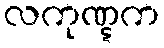
လကုဏ္ဋက